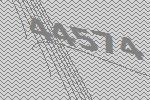
44574